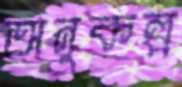
অনুকল্প